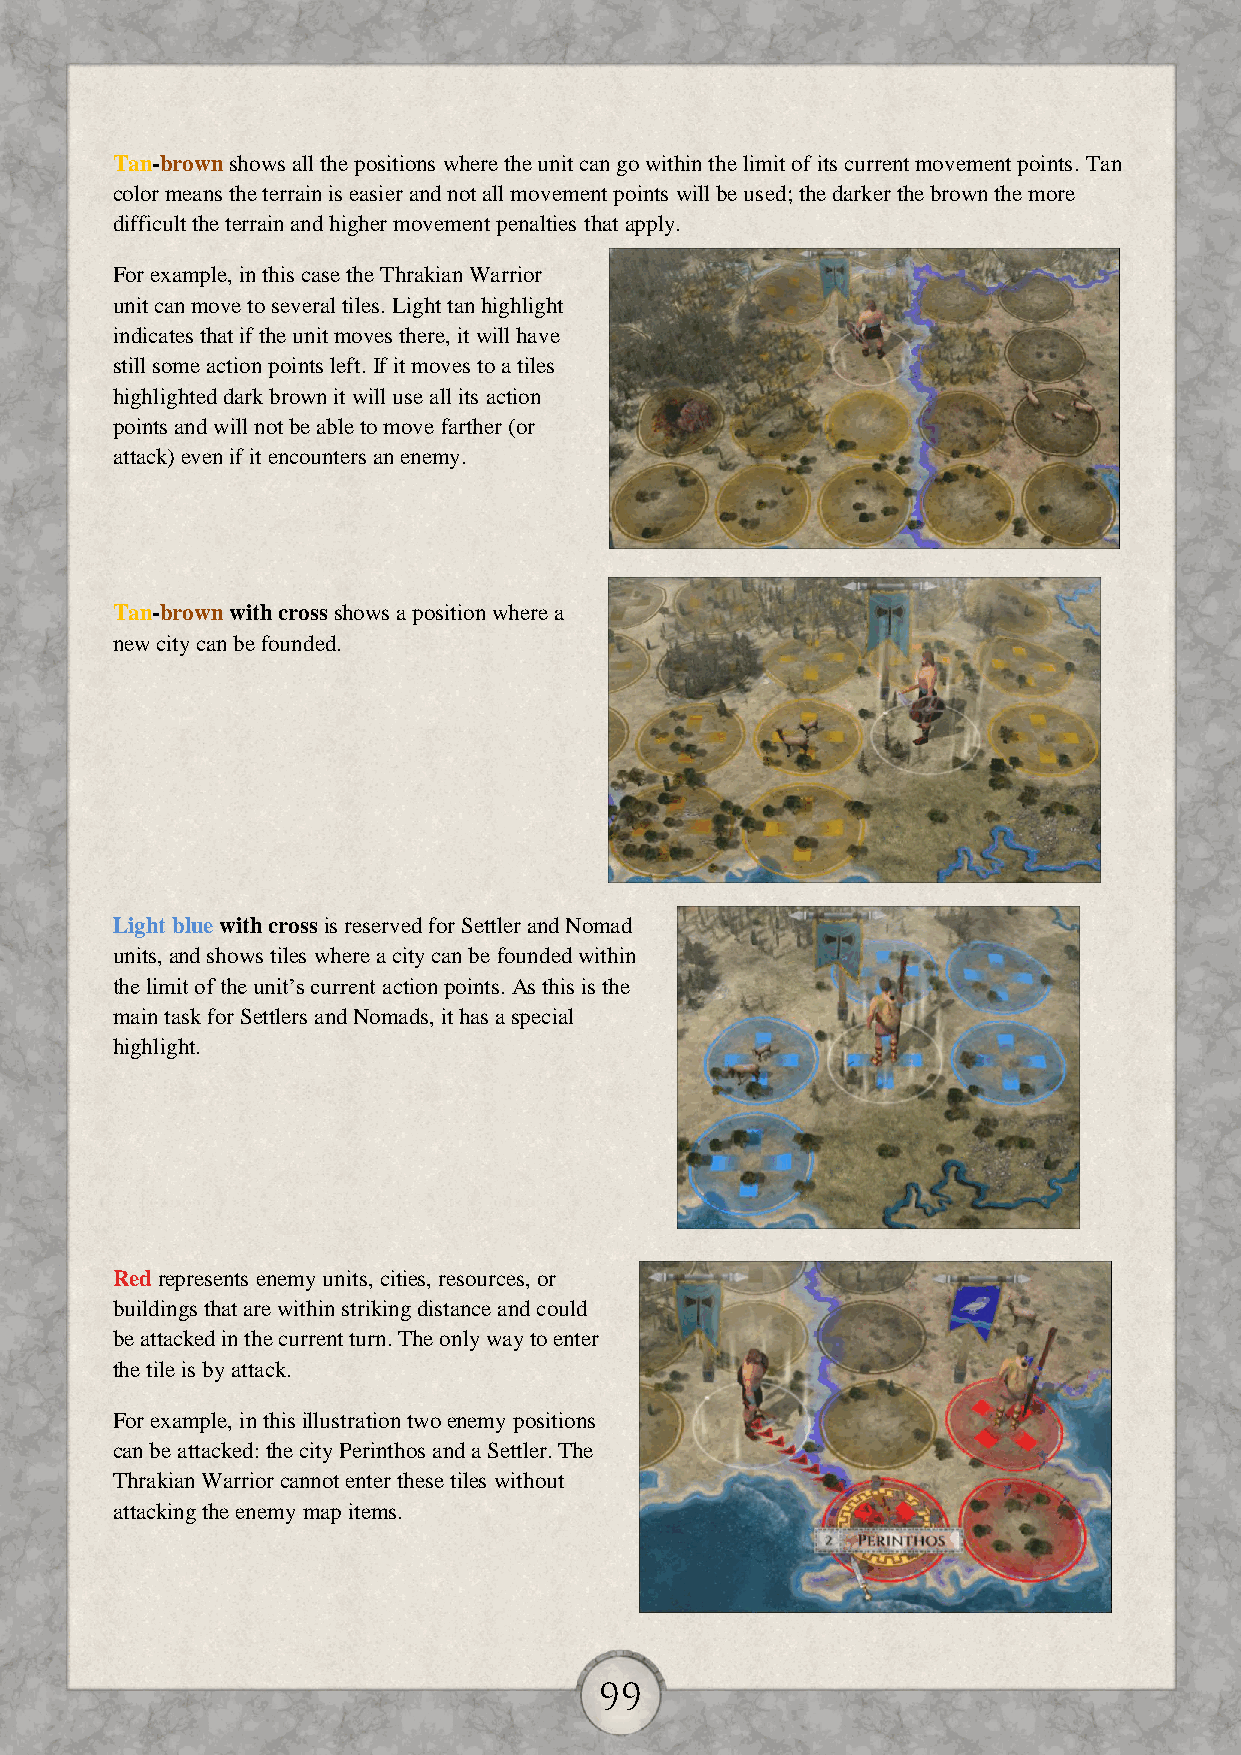
Tan-brown shows all the positions where the unit can go within the limit of its current movement points. Tan
 color means the terrain is easier and not all movement points will be used; the darker the brown the more
 difficult the terrain and higher movement penalties that apply.
 For example, in this case the Thrakian Warrior
 unit can move to several tiles. Light tan highlight
 indicates that if the unit moves there, it will have
 still some action points left. If it moves to a tiles
 highlighted dark brown it will use all its action
 points and will not be able to move farther (or
 attack) even if it encounters an enemy.
 Tan-brown with cross shows a position where a
 new city can be founded.
 Light blue with cross is reserved for Settler and Nomad
 units, and shows tiles where a city can be founded within
 the limit of the unit’s current action points. As this is the
 main task for Settlers and Nomads, it has a special
 highlight.
 Red represents enemy units, cities, resources, or
 buildings that are within striking distance and could
 be attacked in the current turn. The only way to enter
 the tile is by attack.
 For example, in this illustration two enemy positions
 can be attacked: the city Perinthos and a Settler. The
 Thrakian Warrior cannot enter these tiles without
 attacking the enemy map items.
 99